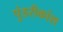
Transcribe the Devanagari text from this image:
पुंडरीकांश